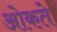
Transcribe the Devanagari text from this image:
ओकते